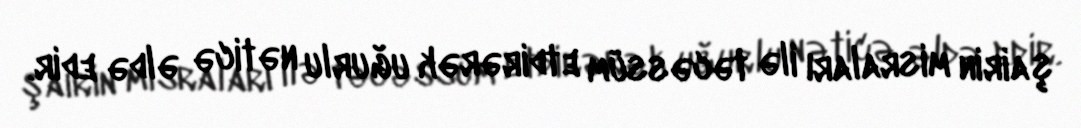
şairin misraları ilə təcəssüm etdirərək uğurlu nəticə əldə edir.